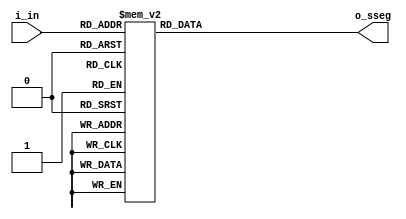
`timescale 1ns / 1ps
//////////////////////////////////////////////////////////////////////////////////
// Company: 
// Engineer: 
// 
// Design Name: 
// Module Name:    sietesegmentos 
// Project Name: 
// Target Devices: 
// Tool versions: 
// Description: 
//
// Dependencies: 
//
// Revision: 
// Revision 0.01 - File Created
// Additional Comments: 
//
//////////////////////////////////////////////////////////////////////////////////
module sietesegmentos(
	input wire [3:0]i_in,
	output reg [6:0]o_sseg
    );
	 
	 always @(i_in)
	 begin
	 case(i_in)
	 4'b0000: o_sseg = 7'b1000000; //0
	 4'b0001: o_sseg = 7'b1111001; //1
	 4'b0010: o_sseg = 7'b0100100; //2
	 4'b0011: o_sseg = 7'b0110000; //3
	 4'b0100: o_sseg = 7'b0011001; //4
	 4'b0101: o_sseg = 7'b0010010; //5
	 4'b0110: o_sseg = 7'b0000010; //6
	 4'b0111: o_sseg = 7'b1111000; //7
	 4'b1000: o_sseg = 7'b0000000; //8
	 4'b1001: o_sseg = 7'b0010000; //9
	 default: o_sseg = 7'b0001001; //H
	 endcase
	 end

endmodule